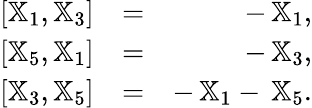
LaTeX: \begin{array}{rlr}{[{\mathbb X}_{1},{\mathbb X}_{3}]}&{=}&{-\, {\mathbb X}_{1},}\\ {[{\mathbb X}_{5},{\mathbb X}_{1}]}&{=}&{-\, {\mathbb X}_{3},}\\ {[{\mathbb X}_{3},{\mathbb X}_{5}]}&{=}&{-\, {\mathbb X}_{1}-\, {\mathbb X}_{5}.}\end{array}